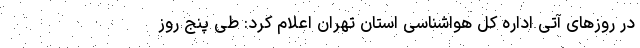
در روزهای آتی اداره کل هواشناسی استان تهران اعلام کرد: طی پنج روز